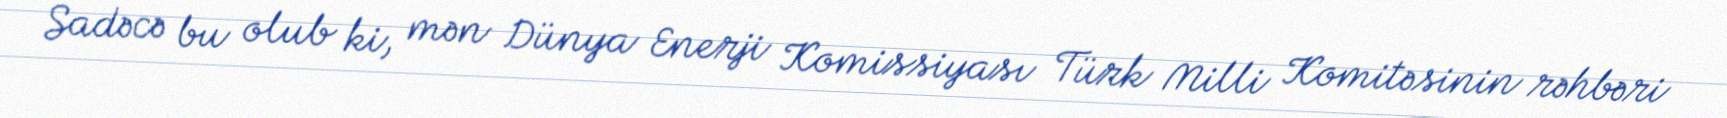
Sadəcə bu olub ki, mən Dünya Enerji Komissiyası Türk Milli Komitəsinin rəhbəri